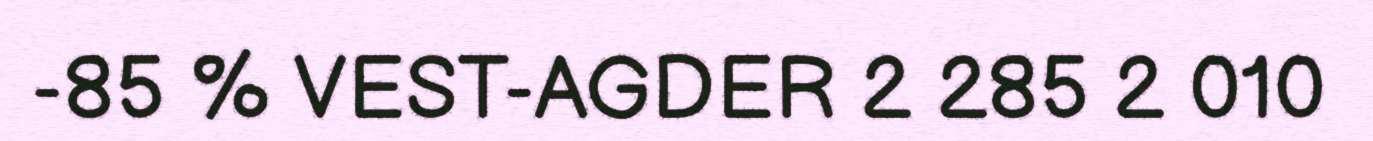
-85 % VEST-AGDER 2 285 2 010